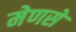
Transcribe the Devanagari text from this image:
मेणसे